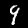
Digit: 9